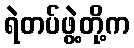
ရဲတပ်ဖွဲ့တို့က